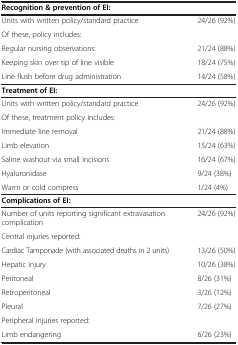
<table><thead><tr><td><b>Recognition &amp; prevention of EI:</b></td><td><b> </b></td></tr></thead><tbody><tr><td>Units with written policy/standard practice</td><td>24/26 (92%)</td></tr><tr><td>Of these, policy includes:</td><td> </td></tr><tr><td>Regular nursing observations:</td><td>21/24 (88%)</td></tr><tr><td>Keeping skin over tip of line visible</td><td>18/24 (75%)</td></tr><tr><td>Line flush before drug administration</td><td>14/24 (58%)</td></tr><tr><td><b>Treatment of EI:</b></td><td> </td></tr><tr><td>Units with written policy/standard practice</td><td>24/26 (92%)</td></tr><tr><td>Of these, treatment policy includes:</td><td> </td></tr><tr><td>Immediate line removal</td><td>21/24 (88%)</td></tr><tr><td>Limb elevation</td><td>15/24 (63%)</td></tr><tr><td>Saline washout via small incisions</td><td>16/24 (67%)</td></tr><tr><td>Hyaluronidase</td><td>9/24 (38%)</td></tr><tr><td>Warm or cold compress</td><td>1/24 (4%)</td></tr><tr><td><b>Complications of EI:</b></td><td> </td></tr><tr><td>Number of units reporting significant extravasation complication</td><td>24/26 (92%)</td></tr><tr><td>Central injuries reported:</td><td> </td></tr><tr><td>Cardiac Tamponade (with associated deaths in 2 units)</td><td>13/26 (50%)</td></tr><tr><td>Hepatic injury</td><td>10/26 (38%)</td></tr><tr><td>Peritoneal</td><td>8/26 (31%)</td></tr><tr><td>Retroperitoneal</td><td>3/26 (12%)</td></tr><tr><td>Pleural</td><td>7/26 (27%)</td></tr><tr><td>Peripheral injuries reported:</td><td> </td></tr><tr><td>Limb endangering</td><td>6/26 (23%)</td></tr></tbody></table>